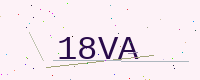
Text: 18VA